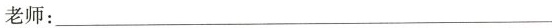
老师：___